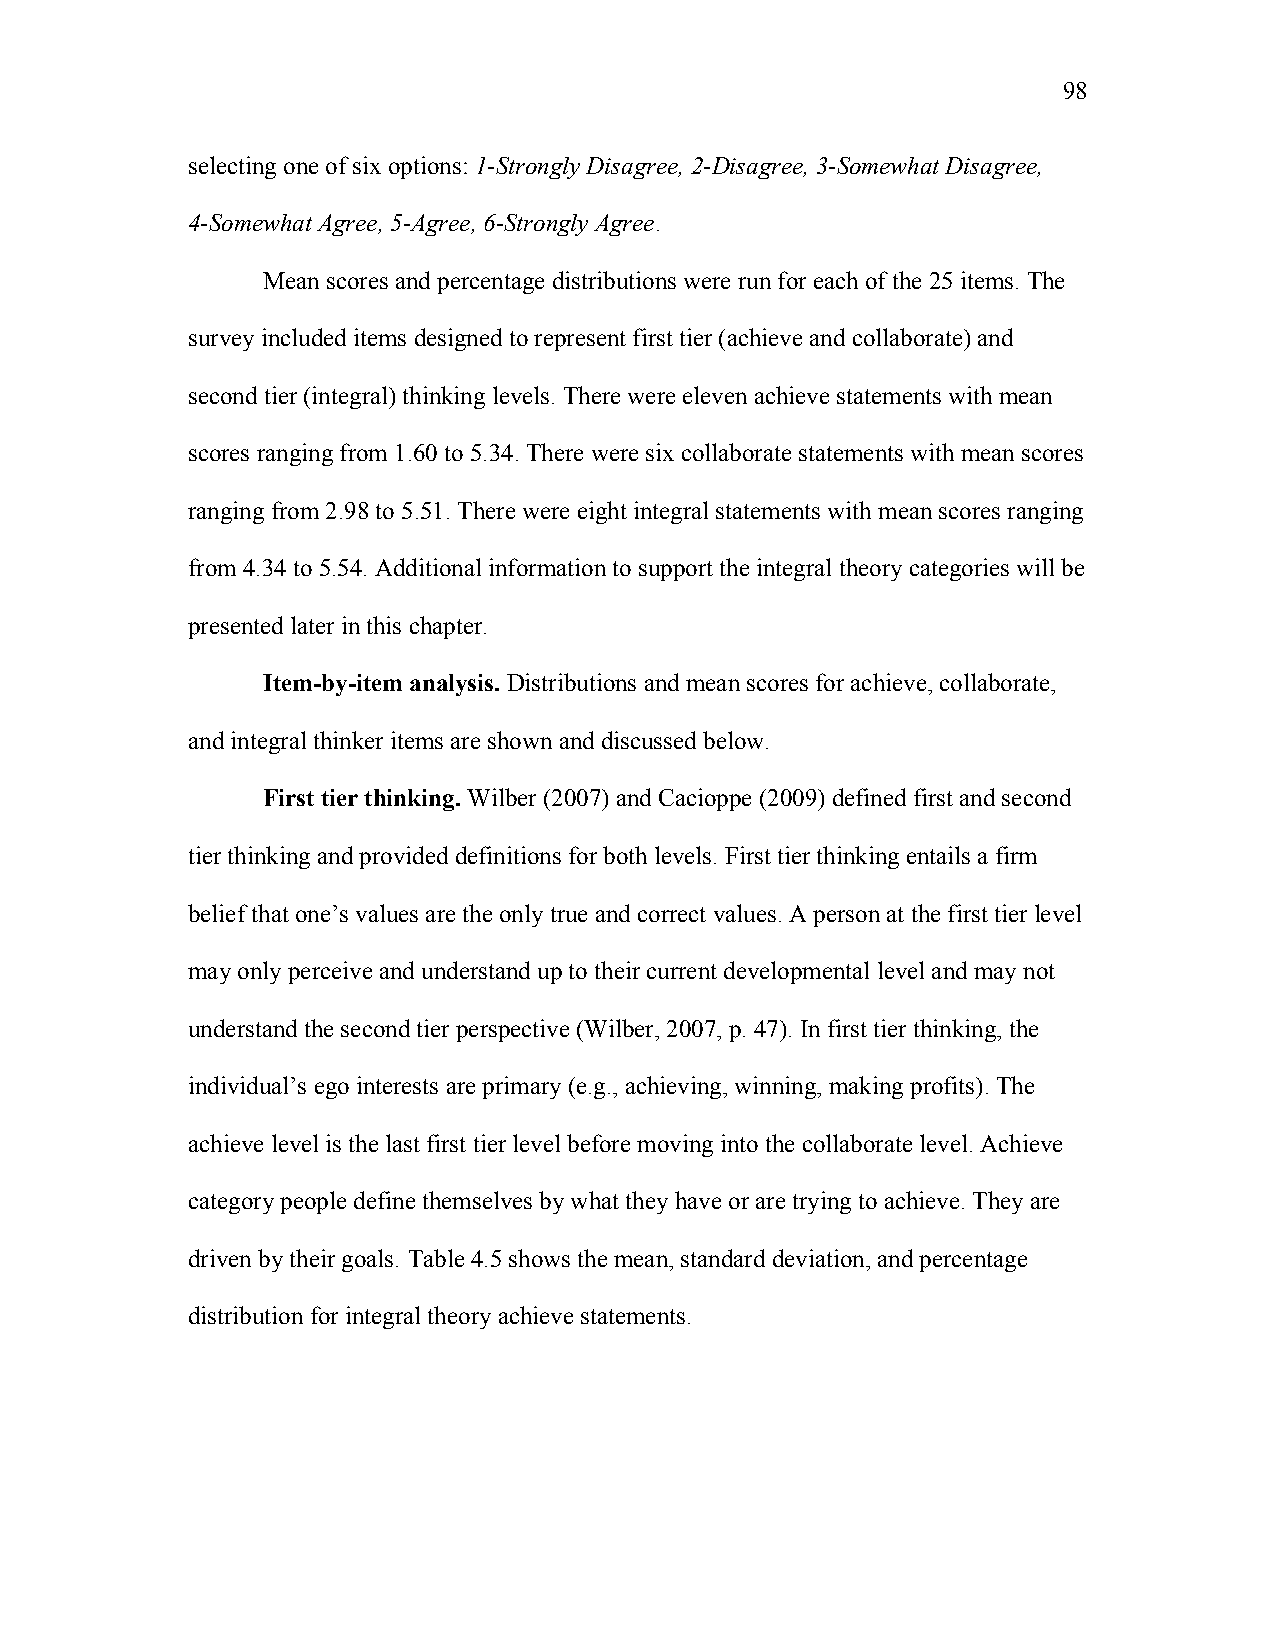
98
 selecting one of six options: 1-Strongly Disagree, 2-Disagree, 3-Somewhat Disagree,
 4-Somewhat Agree, 5-Agree, 6-Strongly Agree.
 Mean scores and percentage distributions were run for each of the 25 items. The
 survey included items designed to represent first tier (achieve and collaborate) and
 second tier (integral) thinking levels. There were eleven achieve statements with mean
 scores ranging from 1.60 to 5.34. There were six collaborate statements with mean scores
 ranging from 2.98 to 5.51. There were eight integral statements with mean scores ranging
 from 4.34 to 5.54. Additional information to support the integral theory categories will be
 presented later in this chapter.
 Item-by-item analysis. Distributions and mean scores for achieve, collaborate,
 and integral thinker items are shown and discussed below.
 First tier thinking. Wilber (2007) and Cacioppe (2009) defined first and second
 tier thinking and provided definitions for both levels. First tier thinking entails a firm
 belief that one’s values are the only true and correct values. A person at the first tier level
 may only perceive and understand up to their current developmental level and may not
 understand the second tier perspective (Wilber, 2007, p. 47). In first tier thinking, the
 individual’s ego interests are primary (e.g., achieving, winning, making profits). The
 achieve level is the last first tier level before moving into the collaborate level. Achieve
 category people define themselves by what they have or are trying to achieve. They are
 driven by their goals. Table 4.5 shows the mean, standard deviation, and percentage
 distribution for integral theory achieve statements.